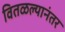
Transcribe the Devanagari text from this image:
वितळल्यानंतर